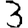
Digit: 3